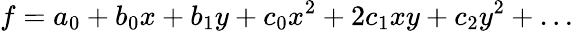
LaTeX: f=a_{0}+b_{0}x+b_{1}y+c_{0}x^{2}+2c_{1}xy+c_{2}y^{2}+\dots